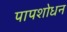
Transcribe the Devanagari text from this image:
पापशोधन